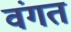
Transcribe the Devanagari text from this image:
वंगत